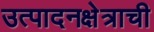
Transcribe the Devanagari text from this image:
उत्पादनक्षेत्राची